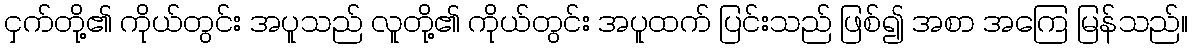
ငှက်တို့၏ ကိုယ်တွင်း အပူသည် လူတို့၏ ကိုယ်တွင်း အပူထက် ပြင်းသည် ဖြစ်၍ အစာ အကြေ မြန်သည်။